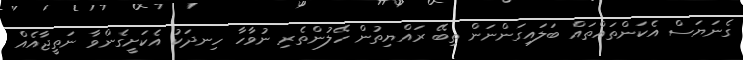
ގެނަޔަސް އެކަންތައްތައް ބަލައިގަންނަން ތިބޭ ރައްޔިތުން ހޭލުންތެރި ނުވާހާ ހިނދަކު އެކަށީގެންވާ ނަތީޖާއެއް